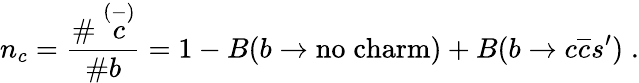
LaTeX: n_{c}=\frac{\# \stackrel{(-)}{c}}{\# b}=1-B(b\rightarrow\mathrm{no}\; \mathrm{charm})+B(b\rightarrow c\overline{{c}}s^{\prime})\; .